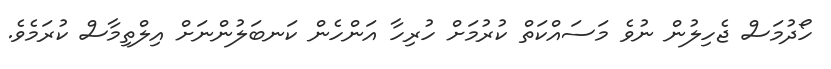
ހޯދުމަސް ޖެހިލުން ނުވެ މަސައްކަތް ކުރުމަށް ހުރިހާ އަންހެން ކަނބަލުންނަށް އިލްތިމާސް ކުރަމެވެ.